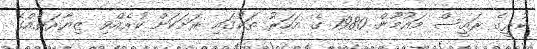
ކުރީގެ ރައީސް މައުމޫން 1980 ގެ އަހަރު ތަކުގައި ރަށަކަށް ކުރެއްވި ޒިޔާރަތެއްގެ